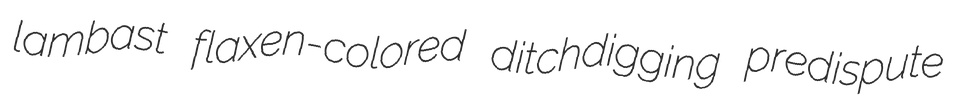
lambast flaxen-colored ditchdigging predispute